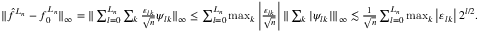
\begin{array} { r } { \| \hat { f } ^ { L _ { n } } - f _ { 0 } ^ { L _ { n } } \| _ { \infty } = \| \sum _ { l = 0 } ^ { L _ { n } } \sum _ { k } \frac { \varepsilon _ { l k } } { \sqrt { n } } \psi _ { l k } \| _ { \infty } \leq \sum _ { l = 0 } ^ { L _ { n } } \operatorname* { m a x } _ { k } \left| \frac { \varepsilon _ { l k } } { \sqrt { n } } \right| \| \sum _ { k } | \psi _ { l k } | \| _ { \infty } \lesssim \frac { 1 } { \sqrt { n } } \sum _ { l = 0 } ^ { L _ { n } } \operatorname* { m a x } _ { k } \left| \varepsilon _ { l k } \right| 2 ^ { l / 2 } . } \end{array}